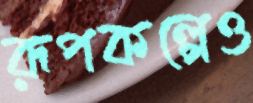
রূপকল্পেও